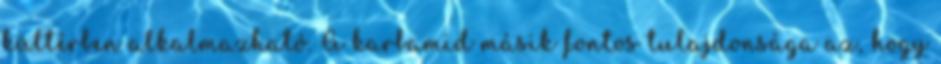
kültérben alkalmazható. A karbamid másik fontos tulajdonsága az, hogy